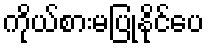
ကိုယ်စားမပြုနိုင်ပေ